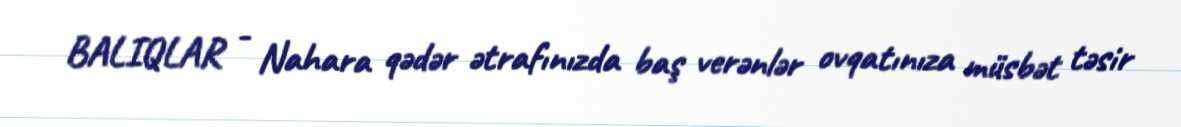
BALIQLAR - Nahara qədər ətrafınızda baş verənlər ovqatınıza müsbət təsir